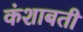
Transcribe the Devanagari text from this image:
कंशाबती